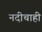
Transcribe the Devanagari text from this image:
नदीचाही